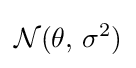
{\mathcal {N}}(\theta ,\,\sigma ^{2})